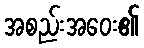
အစည်းအဝေး၏